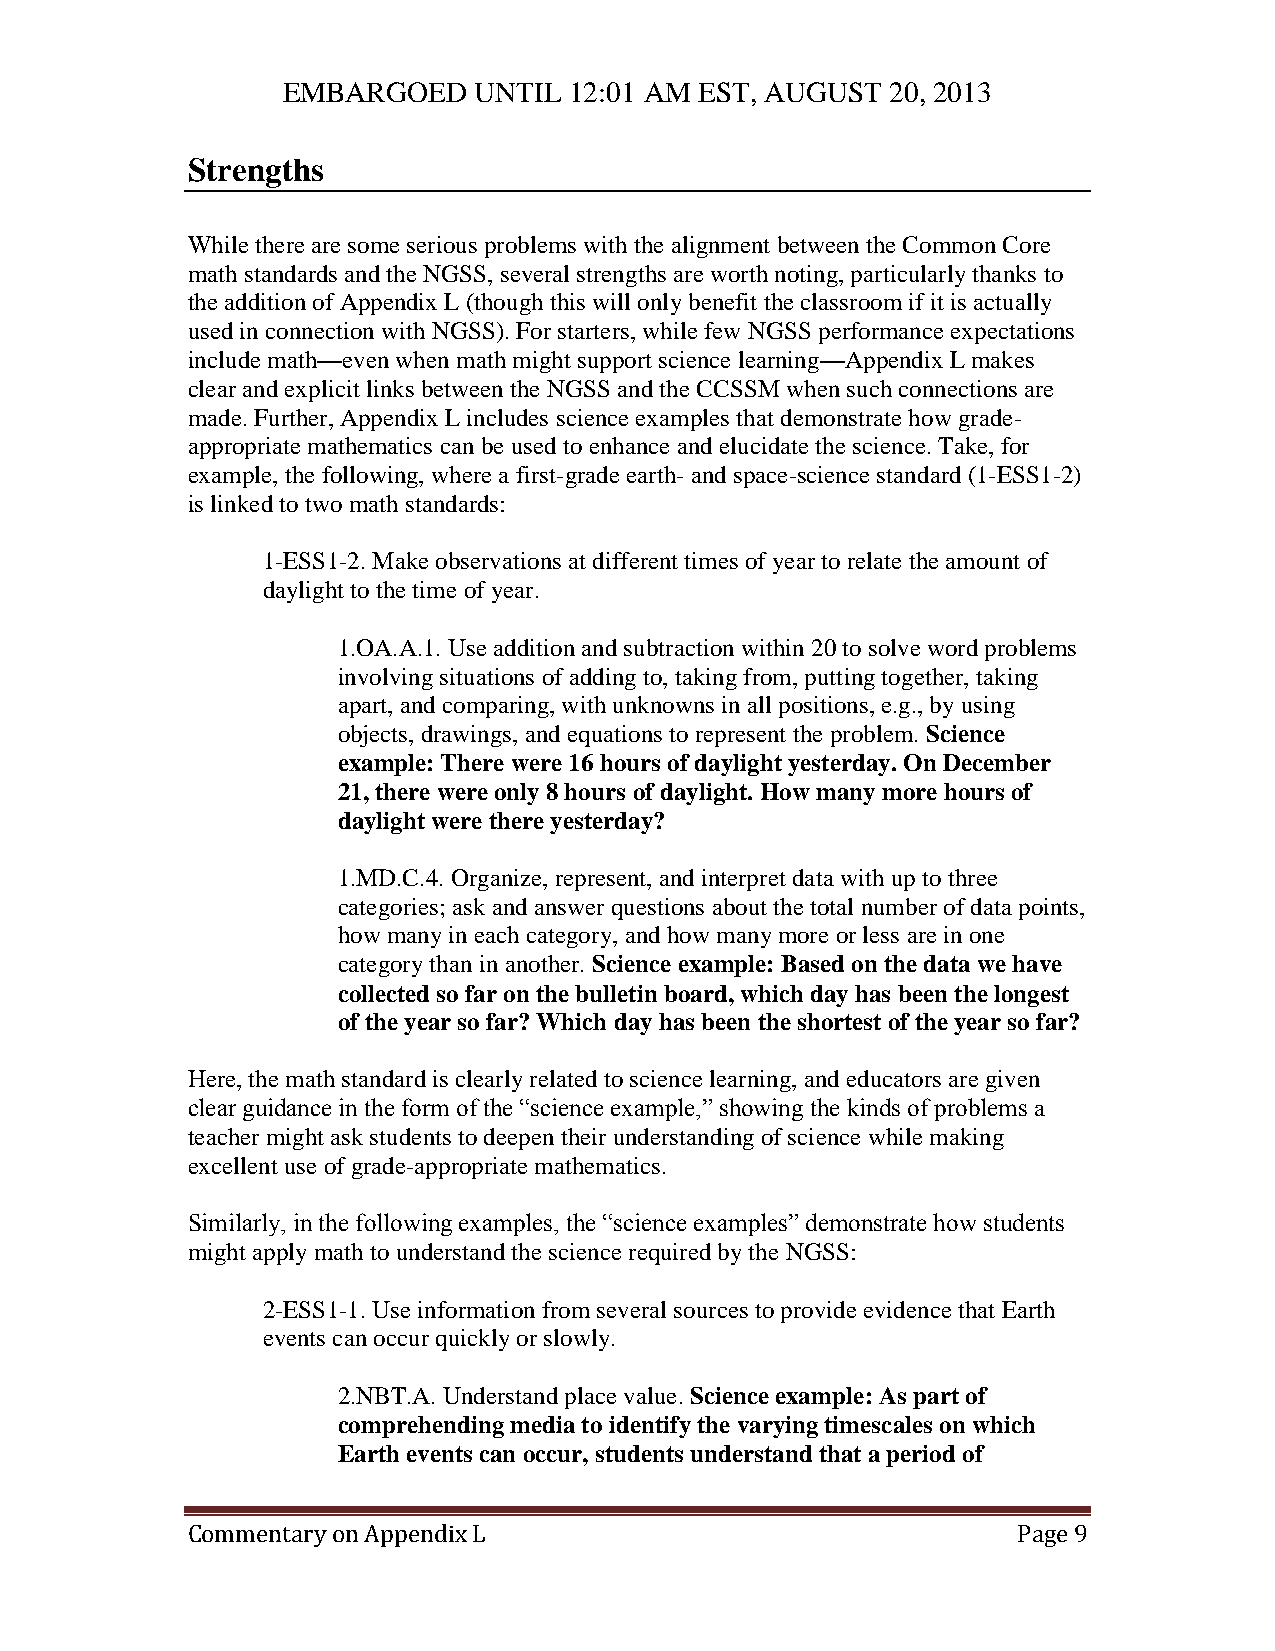
EMBARGOED   UNTIL  12:01 AM EST, AUGUST 20, 2013
 Strengths
 While there are some serious problems with the alignment between the Common Core
 math standards and the NGSS, several strengths are worth noting, particularly thanks to
 the addition of Appendix L (though this will only benefit the classroom if it is actually
 used in connection with NGSS). For starters, while few NGSS performance expectations
 include math—even when math might support science learning—Appendix L makes
 clear and explicit links between the NGSS and the CCSSM when such connections are
 made. Further, Appendix L includes science examples that demonstrate how grade-
 appropriate mathematics can be used to enhance and elucidate the science. Take, for
 example, the following, where a first-grade earth- and space-science standard (1-ESS1-2)
 is linked to two math standards:
 1-ESS1-2. Make observations at different times of year to relate the amount of
 daylight to the time of year.
 1.OA.A.1. Use addition and subtraction within 20 to solve word problems
 involving situations of adding to, taking from, putting together, taking
 apart, and comparing, with unknowns in all positions, e.g., by using
 objects, drawings, and equations to represent the problem. Science
 example: There were 16 hours of daylight yesterday. On December
 21, there were only 8 hours of daylight. How many more hours of
 daylight were there yesterday?
 1.MD.C.4. Organize, represent, and interpret data with up to three
 categories; ask and answer questions about the total number of data points,
 how many in each category, and how many more or less are in one
 category than in another. Science example: Based on the data we have
 collected so far on the bulletin board, which day has been the longest
 of the year so far? Which day has been the shortest of the year so far?
 Here, the math standard is clearly related to science learning, and educators are given
 clear guidance in the form of the “science example,” showing the kinds of problems a
 teacher might ask students to deepen their understanding of science while making
 excellent use of grade-appropriate mathematics.
 Similarly, in the following examples, the “science examples” demonstrate how students
 might apply math to understand the science required by the NGSS:
 2-ESS1-1. Use information from several sources to provide evidence that Earth
 events can occur quickly or slowly.
 2.NBT.A. Understand place value. Science example: As part of
 comprehending media to identify the varying timescales on which
 Earth events can occur, students understand that a period of
 Commentary on Appendix L                               Page 9